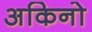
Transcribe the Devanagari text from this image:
अकिनो